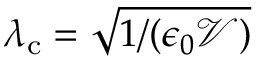
\lambda _ { \mathrm { c } } = \sqrt { 1 / ( \epsilon _ { 0 } \mathcal { V } ) }